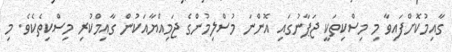
ގާއިމުކޮށްފައިވާ މި މިސްކިތަކީ ޖަޕާނުގައި އޮންނަ މުސްލިމުންގެ ޖަމިއްޔާއަކުން ގާއިމްކުރި މިސްކިތެކެވެ. މި